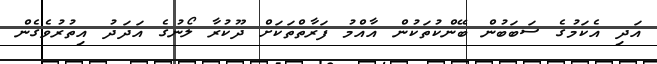
އަދި އެކަމުގެ ސަބަބުން ބޭންކުތަކުން އާއްމު ފަރާތްތަކަށް ދޫކުރާ ލޯނުގެ އަދަދު އިތުރުވެގެން